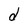
Character: d